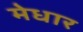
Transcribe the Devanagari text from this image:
मेधार